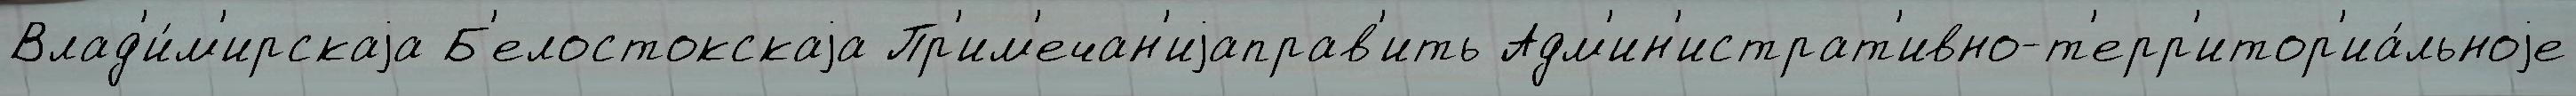
Влад'и́м'ирскаjа Б'елостокскаjа Пр'им'ечан'иjаправ'ить Адм'ин'истрат'ивно-т'ерр'итор'иа́льноjе